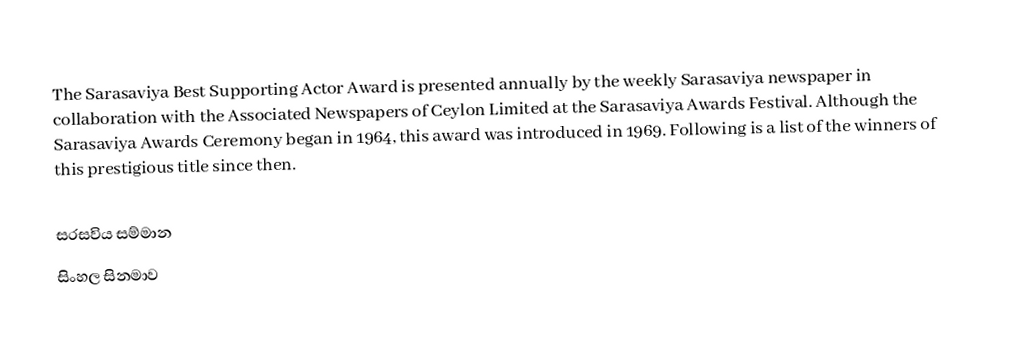
The Sarasaviya Best Supporting Actor Award is presented annually by the weekly Sarasaviya newspaper in collaboration with the Associated Newspapers of Ceylon Limited at the Sarasaviya Awards Festival.  Although the Sarasaviya Awards Ceremony began in 1964, this award was introduced in 1969. Following is a list of the winners of this prestigious title since then.

සරසවිය සම්මාන
සිංහල සිනමාව